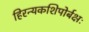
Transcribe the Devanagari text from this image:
हिरन्यकशिपोर्बक्षः